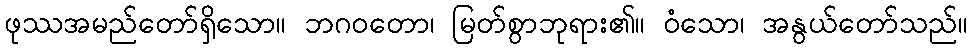
ဖုဿအမည်တော်ရှိသော။ ဘဂဝတော၊ မြတ်စွာဘုရား၏။ ဝံသော၊ အနွယ်တော်သည်။